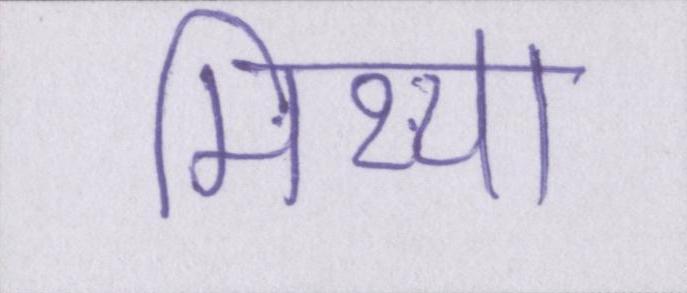
मिथ्या